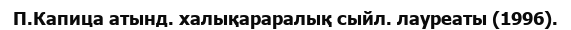
П.Капица атынд. халықараралық сыйл. лауреаты (1996).